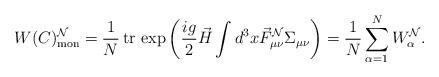
LaTeX: \begin{align*}W(C)_{\rm mon}^{\cal N}=\frac{1}{N}{\,}{\rm tr}{\,}\exp\left(\frac{ig}{2}\vec H\int d^3x\vec F_{\mu\nu}^{\cal N}\Sigma_{\mu\nu}\right)=\frac{1}{N}\sum\limits_{\alpha=1}^{N}W_\alpha^{\cal N}.\end{align*}